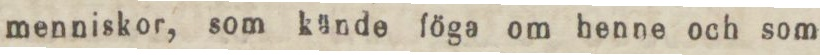
menniskor, som kände föga om henne och som